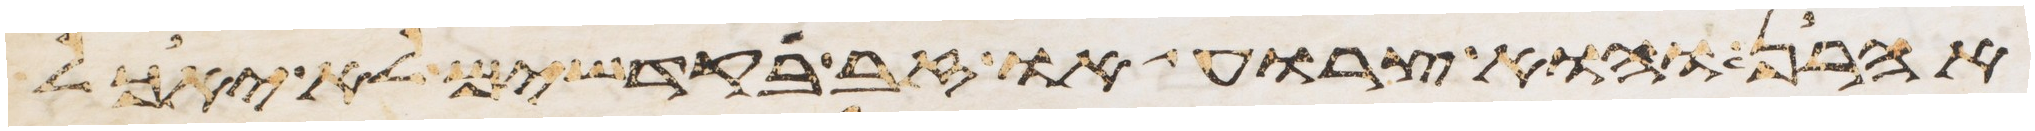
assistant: אהרן והוא צרוע או זב בקדשים לא יאכל